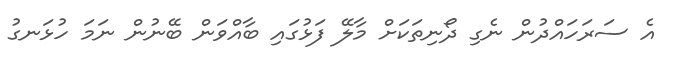
އެ ސަރަހައްދުން ނެގި ދޯނިތަކަށް މާލޭ ފަޅުގައި ބާއްވަން ބޭނުން ނަމަ ހުޅަނގު